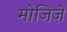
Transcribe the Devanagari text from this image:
मोजिज़ें